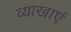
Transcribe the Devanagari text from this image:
व्याखाएं